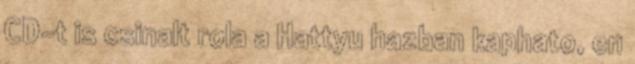
CD-t is csinalt rola a Hattyu hazban kaphato, en